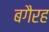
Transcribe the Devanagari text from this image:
बगैरह